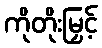
ကိုတိုးမြှင့်